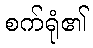
စက်ရုံ၏